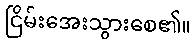
ငြိမ်းအေးသွားစေ၏။